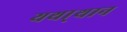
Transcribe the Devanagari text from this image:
यथा्थान